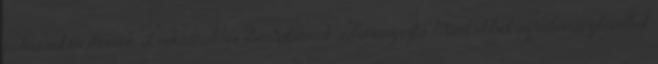
pohárnokmesternek, Leukusnak és Bertalannak adományozta. Mivel ebből az adománylevélből